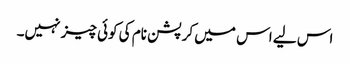
اس لیے اس میں کرپشن نام کی کوئی چیز نہیں۔